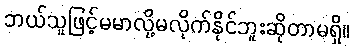
ဘယ်သူဖြင့်မမာလို့မလိုက်နိုင်ဘူးဆိုတာမရှိ။